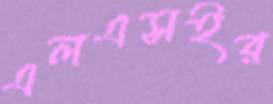
এলএসইর